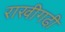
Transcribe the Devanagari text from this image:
राखीगढी़